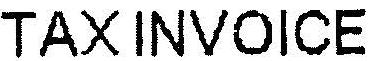
TAX INVOICE